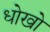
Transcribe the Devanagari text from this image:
धोखो